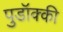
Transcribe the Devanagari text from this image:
पुडॉक्की